Report on vaccination in Madras 1895-1903 - 1895-1903
Year: 1895
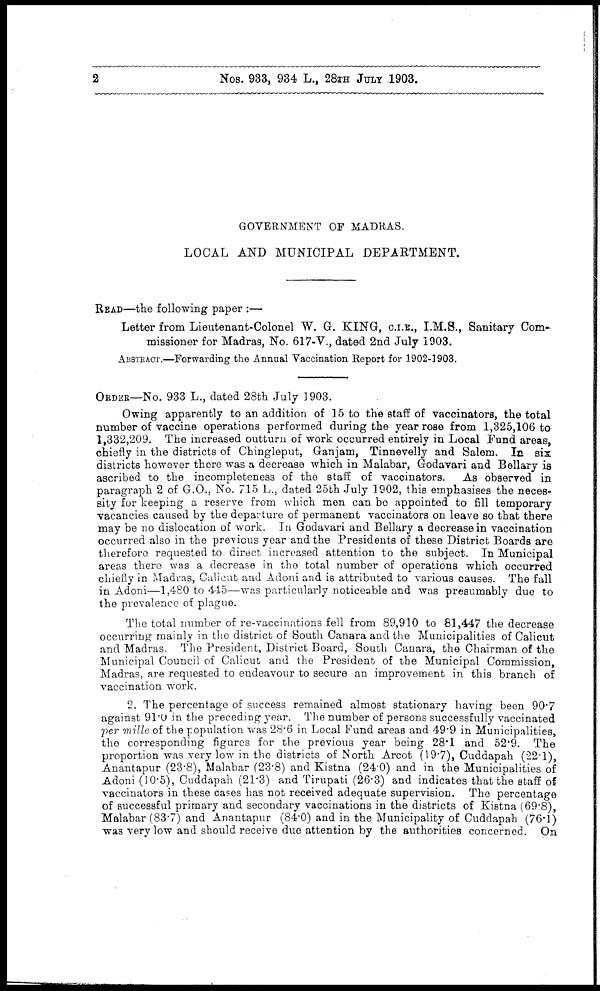
2
Nos. 933, 934 L., 28TH JULY 1903.
GOVERNMENT OF MADRAS.
LOCAL AND MUNICIPAL DEPARTMENT.
READ—the following paper :—
Letter from Lieutenant-Colonel W. G. KING, C.I.E., I.M.S., Sanitary Com-
missioner for Madras, No. 617-V., dated 2nd July 1903.
ABSTRACT.—Forwarding the Annual Vaccination Report for 1902-1903.
ORDER—No. 933 L., dated 28th July 1903.
Owing apparently to an addition of 15 to the staff of vaccinators, the total
number of vaccine operations performed during the year rose from 1,325,106 to
1,332,209. The increased outturn of work occurred entirely in Local Fund areas,
chiefly in the districts of Chingleput, Ganjam, Tinnevelly and Salem. In six
districts however there was a decrease which in Malabar, Godavari and Bellary is
ascribed to the incompleteness of the staff of vaccinators.
As observed in
paragraph 2 of G.O., No. 715 L., dated 25th July 1902, this emphasises the neces-
sity for keeping a reserve from which men can be appointed to fill temporary
vacancies caused by the departure of permanent vaccinators on leave so that there
may be no dislocation of work. In Godavari and Bellary a decrease in vaccination
occurred also in the previous year and the Presidents of these District Boards are
therefore requested to direct increased attention to the subject. In Municipal
areas there was a decrease in the total number of operations which occurred
chiefly in Madras, Calicut and Adoni and is attributed to various causes. The fall
in Adoni—1,480 to 445—was particularly noticeable and was presumably due to
the prevalence of plague.
The total number of re-vaccinations fell from 89,910 to 81,447 the decrease
occurring mainly in the district of South Canara and the Municipalities of Calicut
and Madras. The President, District Board, South Canara, the Chairman of the
Municipal Council of Calicut and the President of the Municipal Commission,
Madras, are requested to endeavour to secure an improvement in this branch of
vaccination work.
2. The percentage of success remained almost stationary having been 90.7
against 91.0 in the preceding year. The number of persons successfully vaccinated
per mille of the population was 28.6 in Local Fund areas and 49.9 in Municipalities,
the corresponding figures for the previous year being 28.1 and 52.9. The
proportion was very low in the districts of North Arcot (19.7), Cuddapah (22.1),
Anantapur (23.8), Malabar (23.8) and Kistna (24.0) and in the Municipalities of
Adoni (10.5), Cuddapah (21.3) and Tirupati (26.3) and indicates that the staff of
vaccinators in these cases has not received adequate supervision. The percentage
of successful primary and secondary vaccinations in the districts of Kistna (69.8),
Malabar (83.7) and Anantapur (84.0) and in the Municipality of Cuddapah (76.1)
was very low and should receive due attention by the authorities concerned. On